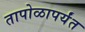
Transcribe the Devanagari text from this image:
तापोळापर्यंत